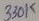
Text: 330K